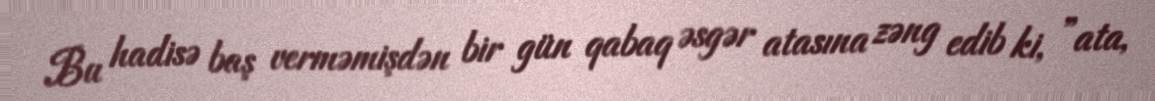
Bu hadisə baş verməmişdən bir gün qabaq əsgər atasına zəng edib ki, ”ata,